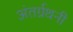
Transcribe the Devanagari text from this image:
अंतर्ग्रथनी